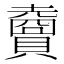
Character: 𧸇